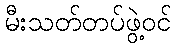
မီးသတ်တပ်ဖွဲ့ဝင်